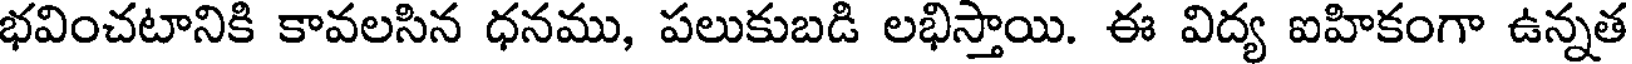
భవించటానికి కావలసిన ధనము, పలుకుబడి లభిస్తాయి. ఈ విద్య ఐహికంగా ఉన్నత